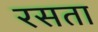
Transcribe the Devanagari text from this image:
रसता